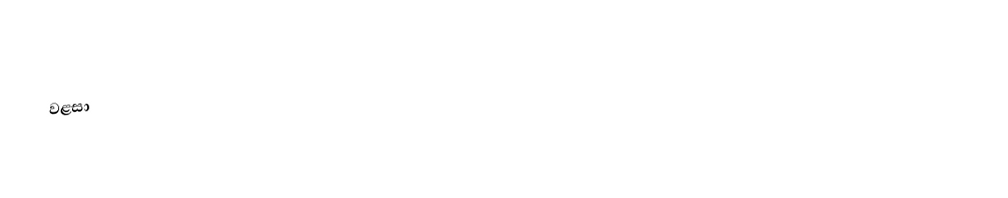
වළසා